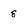
Character: 8